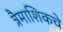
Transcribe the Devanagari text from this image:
त्रैमाशिकचे